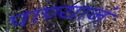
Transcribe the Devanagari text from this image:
पाण्यानं